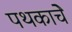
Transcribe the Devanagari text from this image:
पथकाचेे